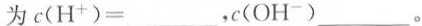
为$$c ( H ^ { + } )= _ _ _ ， c ( O H ^ { - } ) _ _ _$$。